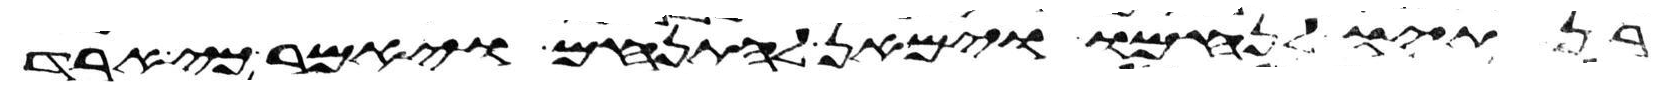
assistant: בנתיו לנחמו וימאן להתנחם ויאמר כי ארד